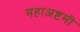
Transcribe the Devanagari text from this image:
महाअष्टमी